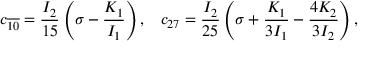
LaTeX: c _ { \overline { { { 1 0 } } } } = \frac { I _ { 2 } } { 1 5 } \left( \sigma - \frac { K _ { 1 } } { I _ { 1 } } \right) , \; \; \; c _ { 2 7 } = \frac { I _ { 2 } } { 2 5 } \left( \sigma + \frac { K _ { 1 } } { 3 I _ { 1 } } - \frac { 4 K _ { 2 } } { 3 I _ { 2 } } \right) ,